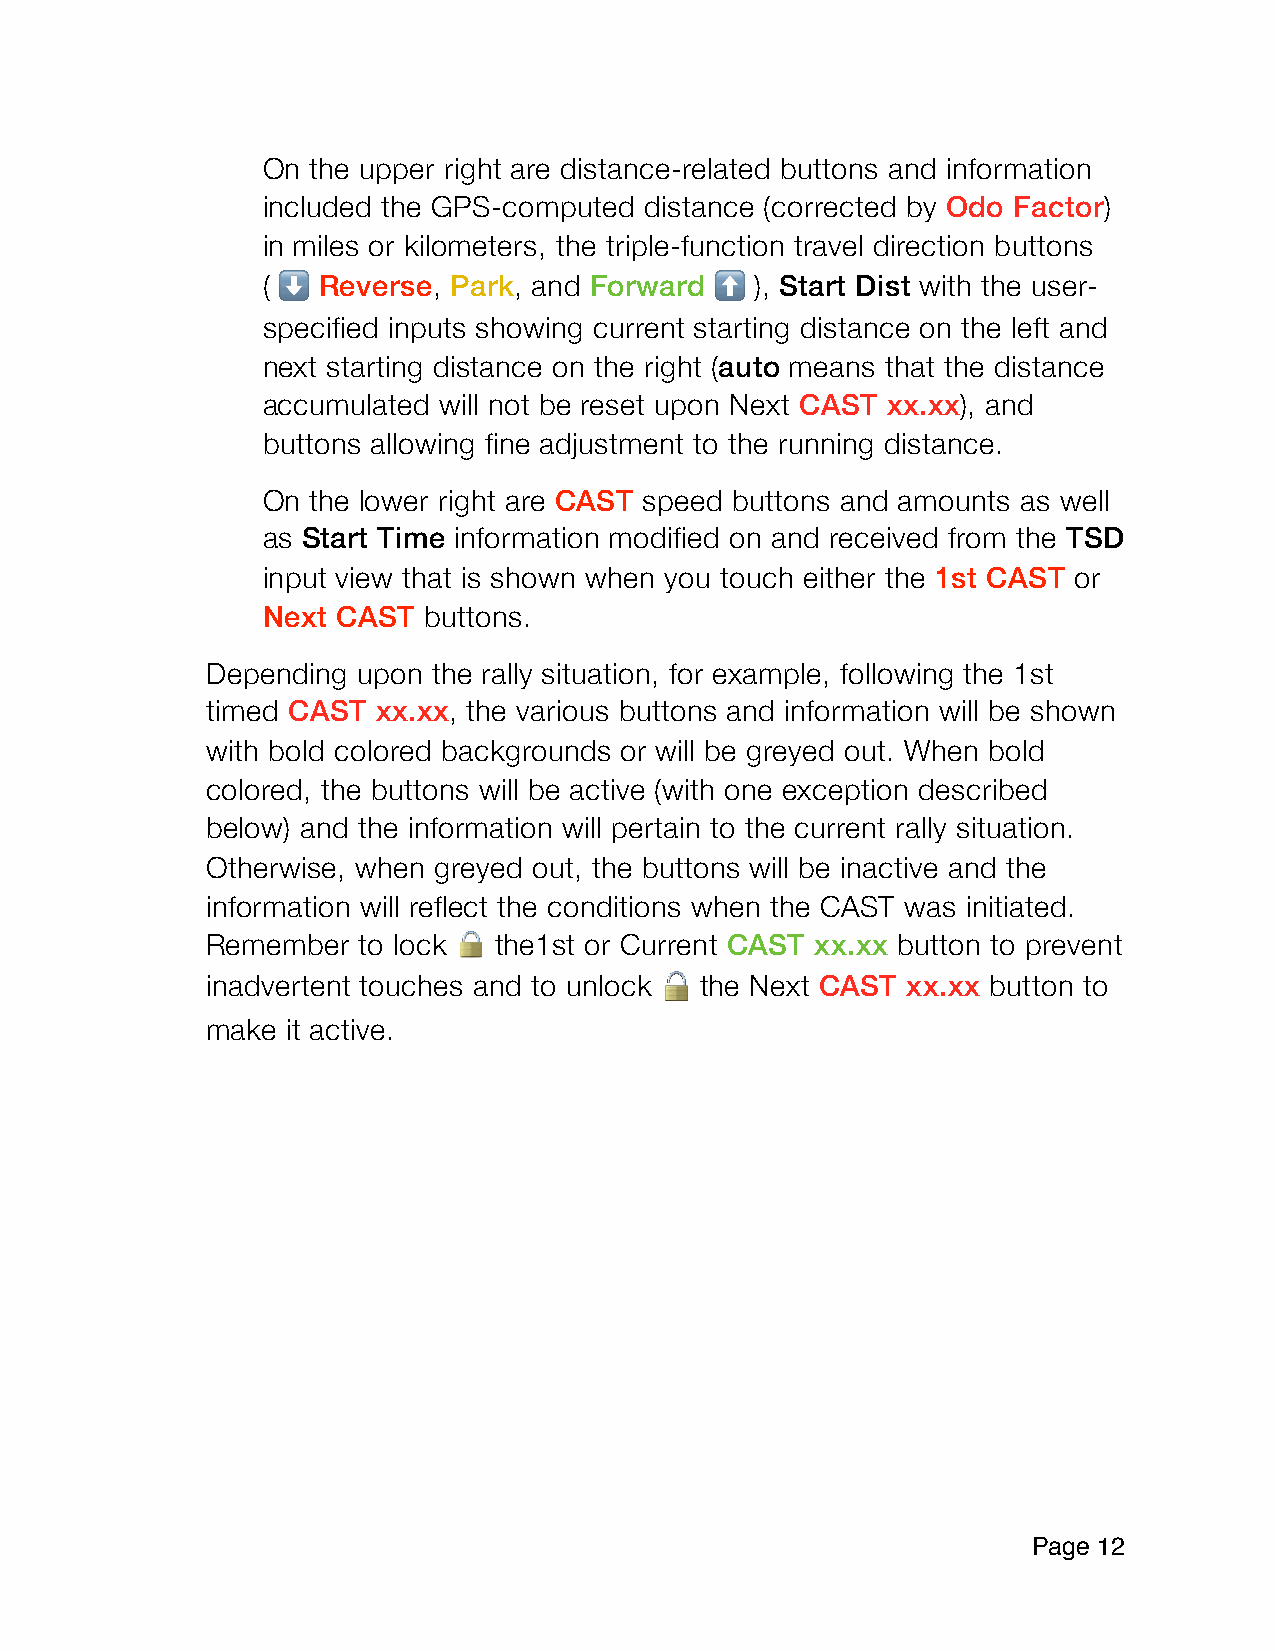
On the upper right are distance-related buttons and information
 included the GPS-computed distance (corrected by Odo Factor)
 in miles or kilometers, the triple-function travel direction buttons
 (   Reverse, Park, and Forward   ), Start Dist with the user-
 ⬇                            ⬆
 specified inputs showing current starting distance on the left and
 next starting distance on the right (auto means that the distance
 accumulated will not be reset upon Next CAST xx.xx), and
 buttons allowing fine adjustment to the running distance.
 On the lower right are CAST speed buttons and amounts as well
 as Start Time information modified on and received from the TSD
 input view that is shown when you touch either the 1st CAST or
 Next CAST  buttons.
 Depending upon the rally situation, for example, following the 1st
 timed CAST xx.xx, the various buttons and information will be shown
 with bold colored backgrounds or will be greyed out. When bold
 colored, the buttons will be active (with one exception described
 below) and the information will pertain to the current rally situation.
 Otherwise, when greyed out, the buttons will be inactive and the
 information will reflect the conditions when the CAST was initiated.
 Remember  to lock
 🔒
 the1st or Current CAST xx.xx button to prevent
 inadvertent touches and to unlock
 🔓
 the Next CAST xx.xx button to
 make it active.
 Page 1 2